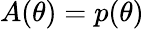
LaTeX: A(\theta)=p(\theta)